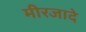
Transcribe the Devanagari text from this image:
मीरजादे